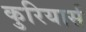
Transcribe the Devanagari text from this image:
कुरियार्स